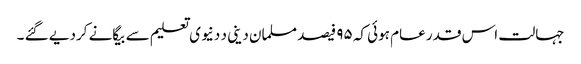
جہالت اس قدر عام ہوئی کہ ۹۵ فیصد مسلمان دینی د دنیوی تعلیم سے بیگانے کردیے گئے ۔